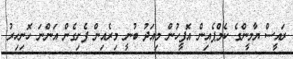
ރައީސް ޔާމީންގެ ކެމްޕެއިން އޮފީހުން މިއަދު ބުނީ މިރެއިން ފެށިގެން އަންނަ ހޮނިހިރު